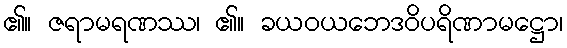
၏။ ဇရာမရဏဿ၊ ၏။ ခယဝယဘေဒဝိပရိဏာမဋ္ဌော၊